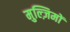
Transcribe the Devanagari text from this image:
मुल्ज़िमों